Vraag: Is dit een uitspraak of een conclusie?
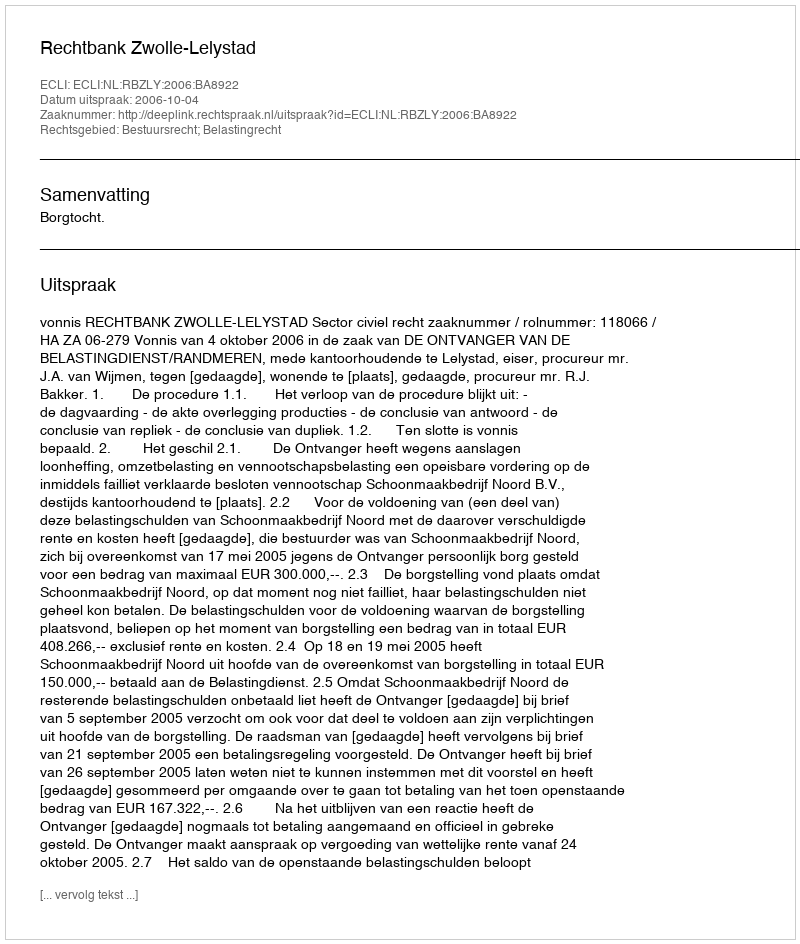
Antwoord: Uitspraak